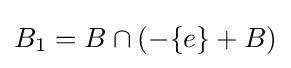
B_{1}=B\cap (-\{e\}+B)